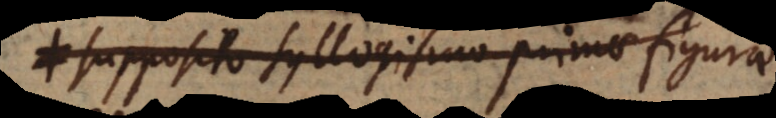
supposito syllogismo primae figurae